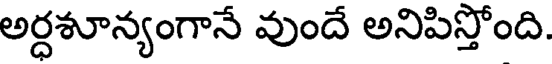
అర్ధశూన్యంగానే వుందే అనిపిస్తోంది.